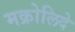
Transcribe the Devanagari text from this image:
मक्रोलिदे